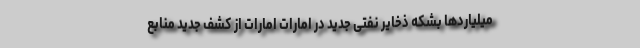
میلیاردها بشکه ذخایر نفتی جدید در امارات امارات از کشف جدید منابع